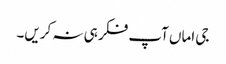
جی اماں آپ فکر ہی نہ کریں۔